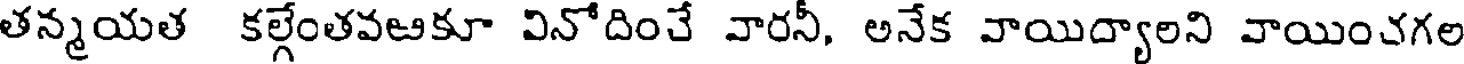
తన్మయత కల్గేంతవఱకూ వినోదించే వారనీ, అనేక వాయిద్యాలని వాయించగల